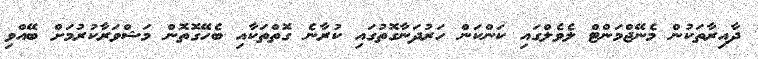
ދާއިރާތަކުން މެނޭޖްމަންޓް ލެވެލްގައި ކަންކަން ހަރުދަނާގޮތުގައި ކުރާނެ ގޮތްތަކާއި ބެހޭގޮތޮން މަޝްވަރާކުރުމަށް ބޭއްވި